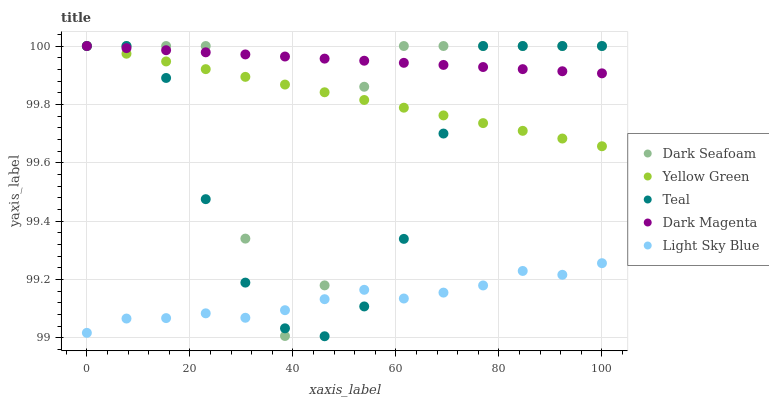
| xaxis_label | Dark Seafoam | Yellow Green | Teal | Dark Magenta | Light Sky Blue |
 | --- | --- | --- | --- | --- | --- |
 | 0 | 100 | 100 | 100 | 100 | 99 |
 | 7.69 | 100 | 100 | 100 | 100 | 99.1 |
 | 15.4 | 100 | 99.9 | 99.9 | 100 | 99.1 |
 | 23.1 | 100 | 99.9 | 99.5 | 100 | 99.1 |
 | 30.8 | 99.3 | 99.9 | 99.2 | 100 | 99.1 |
 | 38.5 | 99 | 99.9 | 99 | 100 | 99.1 |
 | 46.2 | 99.2 | 99.8 | 99 | 100 | 99.1 |
 | 53.8 | 99.9 | 99.8 | 99.1 | 99.9 | 99.2 |
 | 61.5 | 100 | 99.8 | 99.3 | 99.9 | 99.1 |
 | 69.2 | 100 | 99.8 | 99.7 | 99.9 | 99.2 |
 | 76.9 | 100 | 99.7 | 100 | 99.9 | 99.2 |
 | 84.6 | 100 | 99.7 | 100 | 99.9 | 99.2 |
 | 92.3 | 100 | 99.7 | 100 | 99.9 | 99.2 |
 | 100 | 100 | 99.7 | 100 | 99.9 | 99.3 |